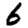
Digit: 6